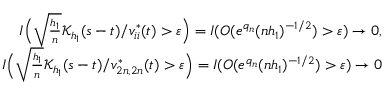
\begin{array} { r } { I \Big ( \sqrt { \frac { h _ { 1 } } { n } } \mathcal { K } _ { h _ { 1 } } ( s - t ) / v _ { i i } ^ { * } ( t ) > \varepsilon \Big ) = I ( O ( e ^ { q _ { n } } ( n h _ { 1 } ) ^ { - 1 / 2 } ) > \varepsilon ) \rightarrow 0 , } \\ { I \Big ( \sqrt { \frac { h _ { 1 } } { n } } \mathcal { K } _ { h _ { 1 } } ( s - t ) / v _ { 2 n , 2 n } ^ { * } ( t ) > \varepsilon \Big ) = I ( O ( e ^ { q _ { n } } ( n h _ { 1 } ) ^ { - 1 / 2 } ) > \varepsilon ) \rightarrow 0 } \end{array}